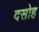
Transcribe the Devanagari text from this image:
दसोह